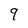
Character: 9